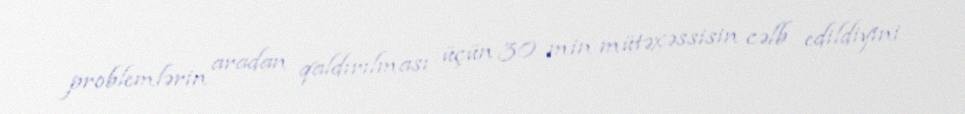
problemlərin aradan qaldırılması üçün 30 min mütəxəssisin cəlb edildiyini